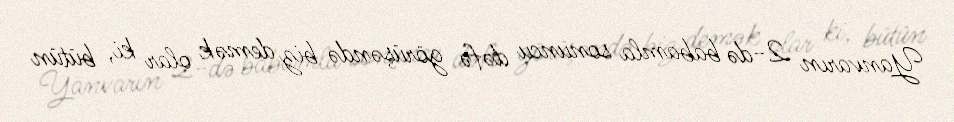
Yanvarın 2-də babamla sonuncu dəfə görüşəndə biz demək olar ki, bütün